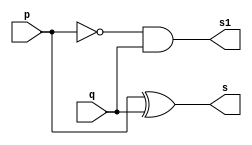
// ---------------------
// Guia 05 - Exercicio 02
// Nome: Bruno Csar Lopes Silva
// ---------------------

//--- Module Meia Diferena---

module meiadiferenca (s, s1, p, q);
output s, s1;
input p, q;
xor XOR1(s, p, q);
not NOT1(s2, p);
and AND1(s1, s2, q);

endmodule // meiadiferenca

module diferencacompleta (s, s1, p, q, vemum);
output s, s1;
input p, q, vemum;
wire s2, s3, s4;

meiadiferenca M1(s2, s3, p, q);
meiadiferenca M2(s, s4, s2, vemum);
or OR1(s1, s3, s4);

endmodule // diferencacompleta

//--- Module Teste ---

module testediferenca4bits;
reg [2:0]A;
reg [2:0]B;
wire [3:0]S;
wire [1:0]W;

meiadiferenca M1(S[0], W[0], A[0], B[0]);
diferencacompleta S1(S[1], W[1], A[1], B[1], W[0]);
diferencacompleta S2(S[2], S[3], A[2], B[2], W[1]); 

// parte principal
   initial begin
	   $display("Guia 05 - Exercicio 01");
		$display("Bruno Cesar Lopes Silva - 415985");
      $display("Diferenca Completa com 3 bits");
      $display("\n a - b = s \n");
		A = 0;
		B = 0;
  		while(A != 7)
		  begin
		    A = (B == 0)? A : A + 1;
			 B = 0;
  #1      $display("%b - %b = %b", A, B, S);
			 while(B != 7)
			   begin
				  B = B + 1;
  #1              $display("%b - %b = %b", A, B, S);
		      end
		  end
  end

endmodule // testediferenca4bits